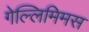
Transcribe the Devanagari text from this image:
गेल्‍लिमिमस